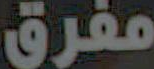
مفرق